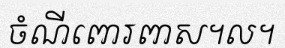
ចំណីពោរពាស។ល។